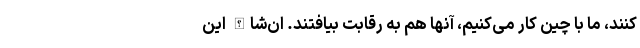
کنند، ما با چین کار می‌کنیم، آنها هم به رقابت بیافتند. ان‌شاالله این